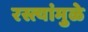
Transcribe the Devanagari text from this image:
रस्त्यांमुळे